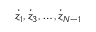
{ \dot { z } } _ { 1 } , { \dot { z } } _ { 3 } , \dots , { \dot { z } } _ { N - 1 }